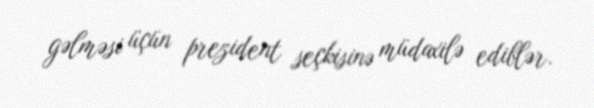
gəlməsi üçün prezident seçkisinə müdaxilə ediblər.